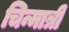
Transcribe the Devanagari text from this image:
चिन्मात्री